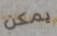
يمكن